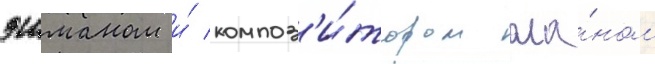
эшманом и́ композ'и́тором ала́ном